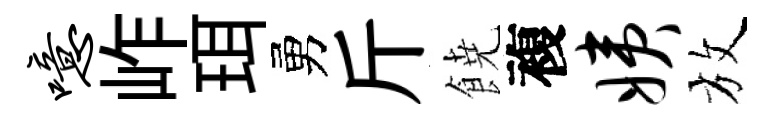
噫岞珥勇斤𩜙複姨放